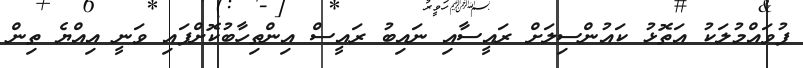
ފުވައްމުލަކު އަތޮޅު ކައުންސިލަށް ރައީސާއި ނައިބު ރައީސް އިންތިހާބުކޮށްފައި ވަނީ އިއްޔެ ތިން